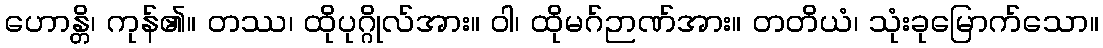
ဟောန္တိ၊ ကုန်၏။ တဿ၊ ထိုပုဂ္ဂိုလ်အား။ ဝါ၊ ထိုမဂ်ဉာဏ်အား။ တတိယံ၊ သုံးခုမြောက်သော။